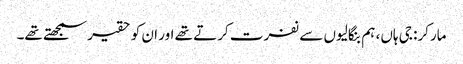
مارکر: جی ہاں، ہم بنگالیوں سے نفرت کرتے تھے اور ان کو حقیر سمجھتے تھے۔